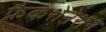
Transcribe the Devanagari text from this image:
फ्रैकशेनेशन